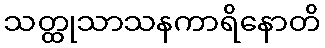
သတ္ထုသာသနကာရိနောတိ